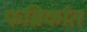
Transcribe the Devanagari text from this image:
फब्रिकांत